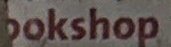
bokshop